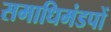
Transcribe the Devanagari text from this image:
समाधिमंडपों